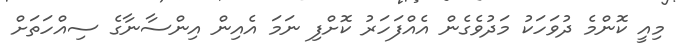
މިއީ ކޮންމެ ދުވަހަކު މަދުވެގެން އެއްފަހަރު ކޮށްފި ނަމަ އެއިން އިންސާނާގެ ސިއްހަތަށް